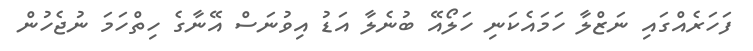
ފަހަރެއްގައި ނަޒްލާ ހަމައެކަނި ހަލޯއޭ ބުނެލާ އަޑު އިވުނަސް އޭނާގެ ހިތްހަމަ ނުޖެހުން